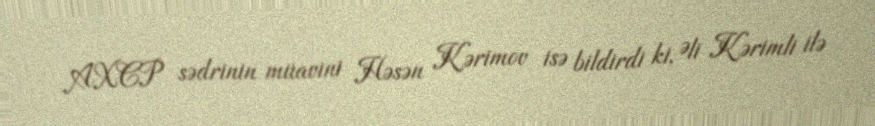
AXCP sədrinin müavini Həsən Kərimov isə bildirdi ki, Əli Kərimli ilə